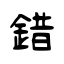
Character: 錯